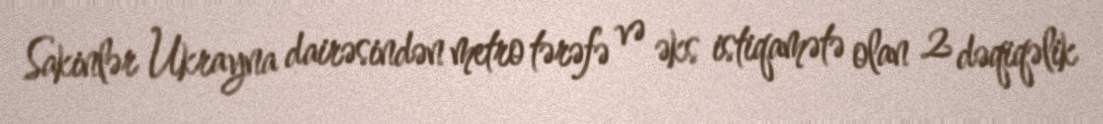
Sakinlər Ukrayna dairəsindən metro tərəfə və əks istiqamətə olan 2 dəqiqəlik